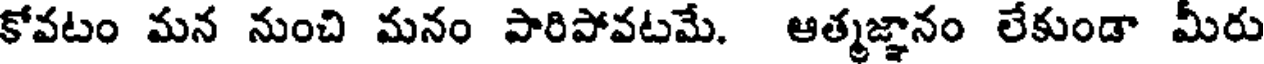
కోవటం మన నుంచి మనం పారిపోవటమే. ఆత్మజ్ఞానం లేకుండా మీరు